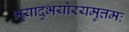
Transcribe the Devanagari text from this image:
भूयादुभयोरयमुत्तमः